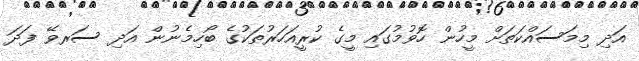
އަދި މިމަސައްކަތަށް މީހުން ހޮވުމުގައި މީގެ ކުރީއަހަރުތަކުގެ ބޯހިމެނުން އަދި ސަރވޭ ފަދަ